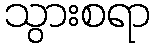
သွားစရာ